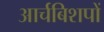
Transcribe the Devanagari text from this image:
आर्चबिशपों